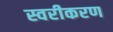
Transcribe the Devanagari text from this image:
स्वरीकरण